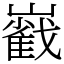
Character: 巀